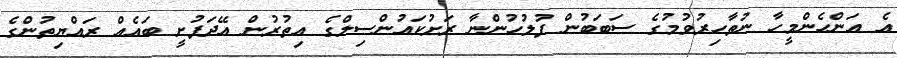
އެ އަންހެންމީހާ ނުތާހިރުވުމުގެ ސަބަބުން ފުލުހުންނާ ރަށުކައުންސިލްގެ އިތުރުން އޭދަފުށީ ބައެއް ރައްޔިތުންގެ